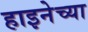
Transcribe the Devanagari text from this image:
हाइनेच्या